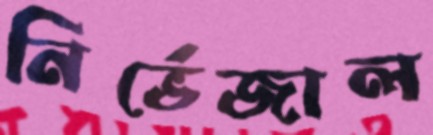
নির্ভেজাল